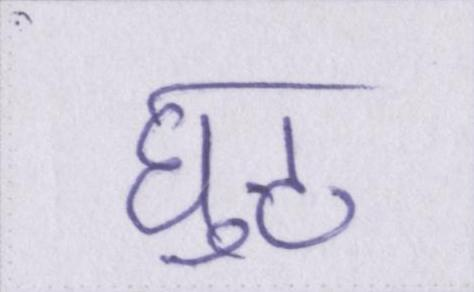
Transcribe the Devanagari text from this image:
घुट